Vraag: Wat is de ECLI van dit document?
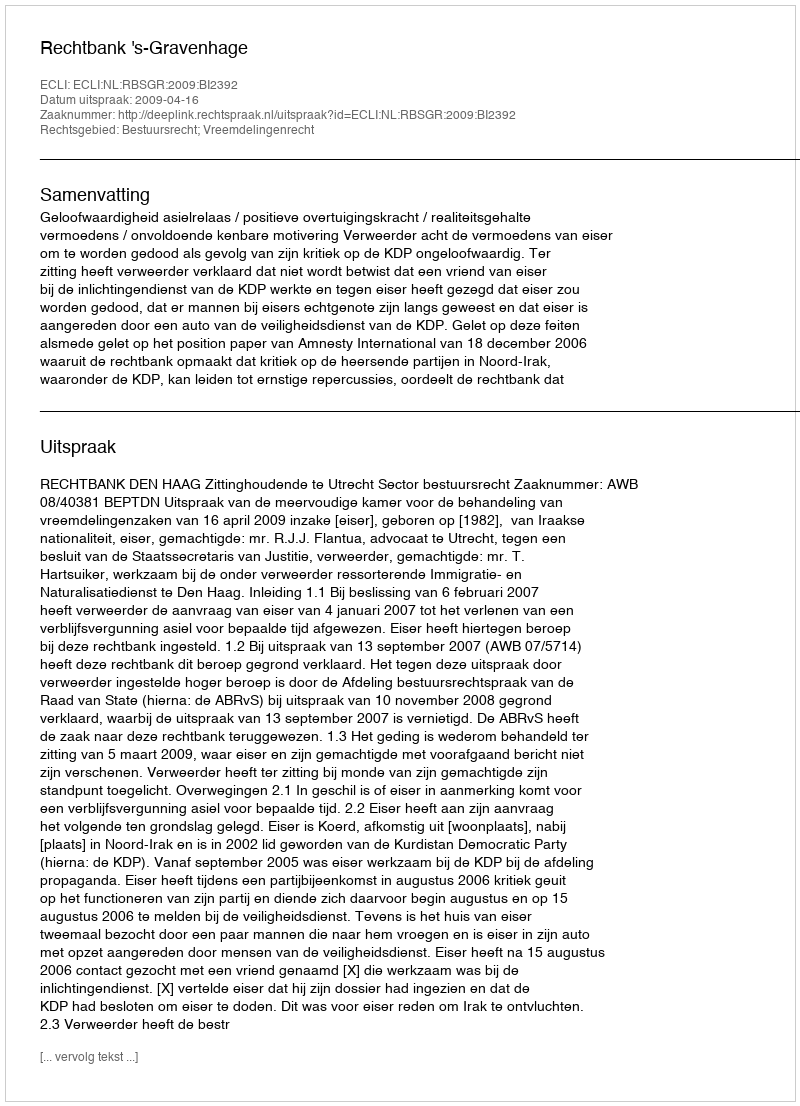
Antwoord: ECLI:NL:RBSGR:2009:BI2392